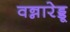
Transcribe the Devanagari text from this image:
वन्नारेड्डू